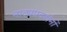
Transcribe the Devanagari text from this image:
नाट्यप्रदर्शनों